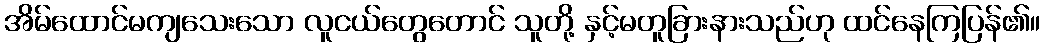
အိမ်ထောင်မကျသေးသော လူငယ်တွေတောင် သူတို့ နှင့်မတူခြားနားသည်ဟု ထင်နေကြပြန်၏။